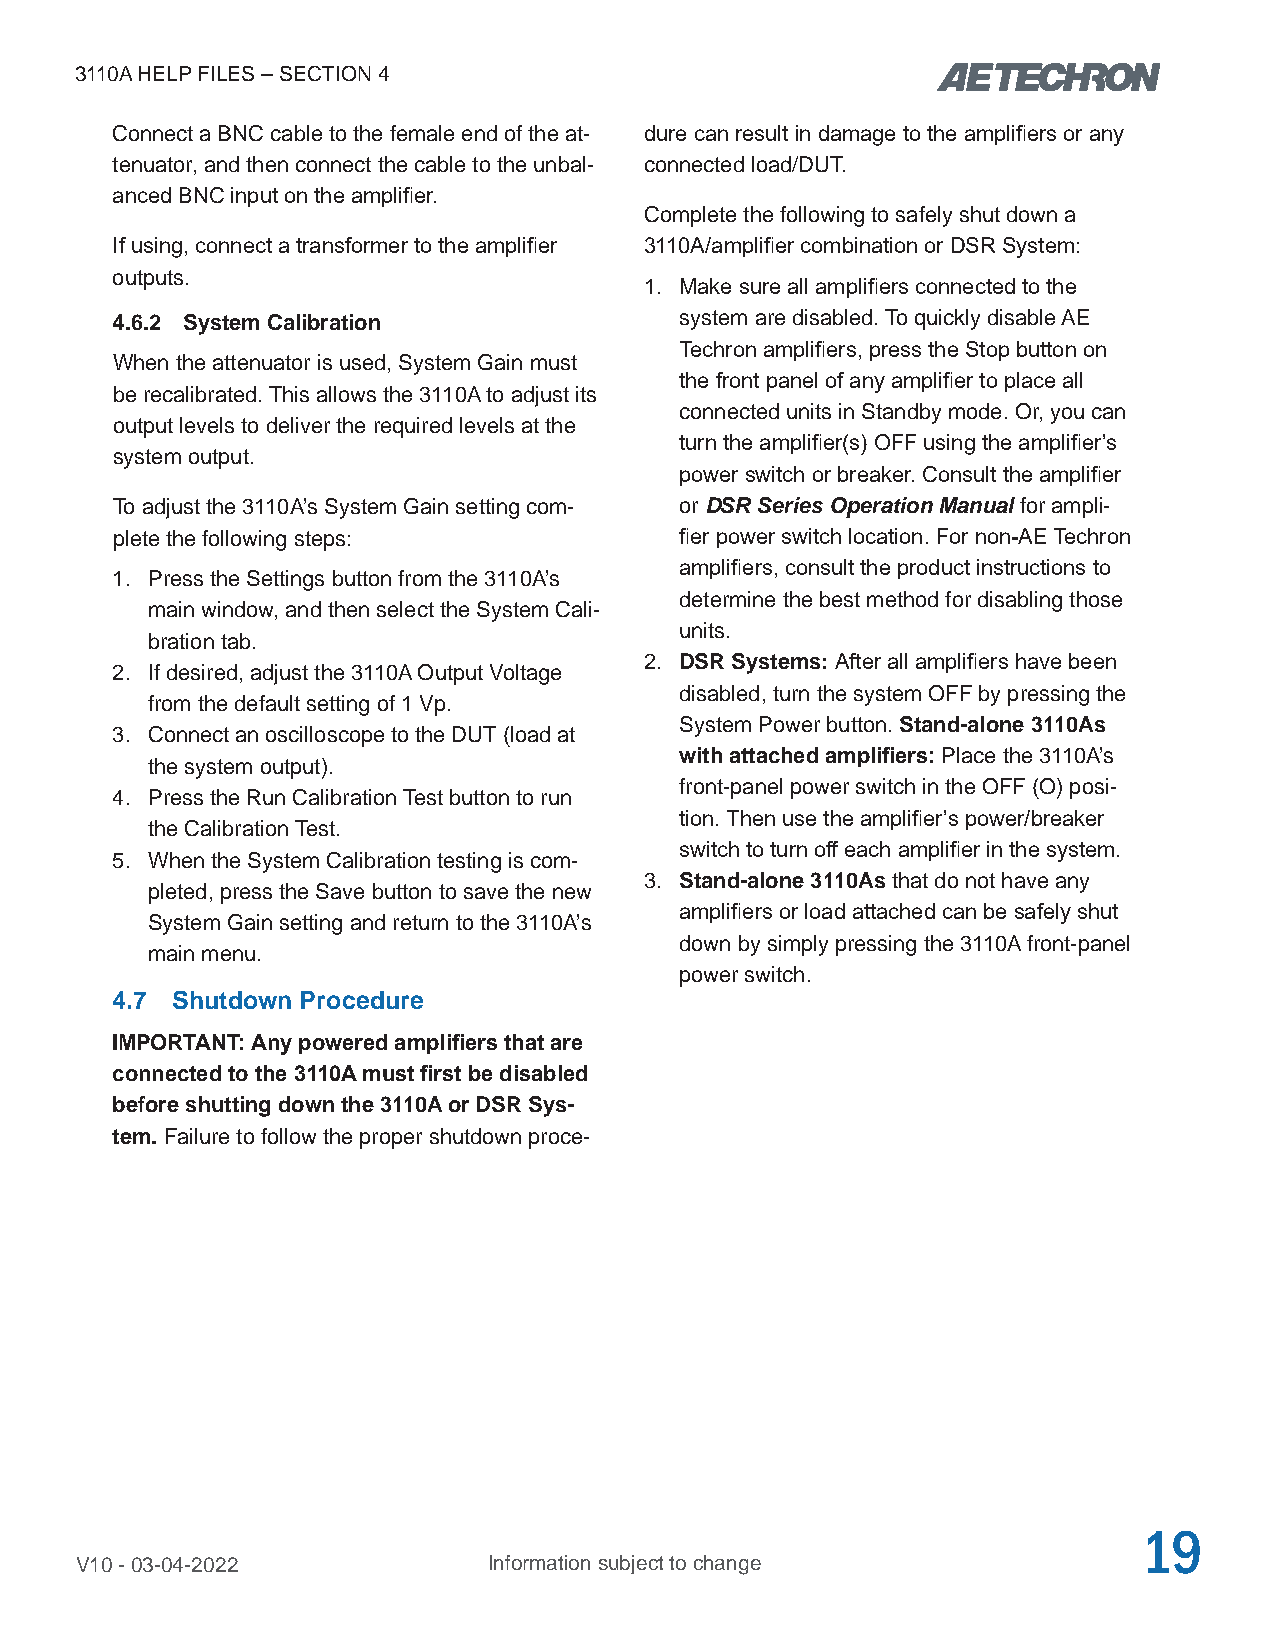
3110A HELP FILES – SECTION 4
 Connect a BNC cable to the female end of the at- dure can result in damage to the amplifiers or any
 tenuator, and then connect the cable to the unbal- connected load/DUT.
 anced BNC input on the amplifier.
 Complete the following to safely shut down a
 If using, connect a transformer to the amplifier 3110A/amplifier combination or DSR System:
 outputs.
 1. Make sure all amplifiers connected to the
 4.6.2 System Calibration              system are disabled. To quickly disable AE
 Techron amplifiers, press the Stop button on
 When the attenuator is used, System Gain must
 the front panel of any amplifier to place all
 be recalibrated. This allows the 3110A to adjust its
 connected units in Standby mode. Or, you can
 output levels to deliver the required levels at the
 turn the amplifier(s) OFF using the amplifier’s
 system output.
 power switch or breaker. Consult the amplifier
 To adjust the 3110A’s System Gain setting com- or DSR Series Operation Manual for ampli-
 plete the following steps:            fier power switch location. For non-AE Techron
 amplifiers, consult the product instructions to
 1. Press the Settings button from the 3110A’s
 determine the best method for disabling those
 main window, and then select the System Cali-
 units.
 bration tab.
 2. DSR Systems: After all amplifiers have been
 2. If desired, adjust the 3110A Output Voltage
 disabled, turn the system OFF by pressing the
 from the default setting of 1 Vp.
 System Power button. Stand-alone 3110As
 3. Connect an oscilloscope to the DUT (load at
 with attached amplifiers: Place the 3110A’s
 the system output).
 front-panel power switch in the OFF (O) posi-
 4. Press the Run Calibration Test button to run
 tion. Then use the amplifier’s power/breaker
 the Calibration Test.
 switch to turn off each amplifier in the system.
 5. When the System Calibration testing is com-
 3. Stand-alone 3110As that do not have any
 pleted, press the Save button to save the new
 amplifiers or load attached can be safely shut
 System Gain setting and return to the 3110A’s
 down by simply pressing the 3110A front-panel
 main menu.
 power switch.
 4.7 Shutdown Procedure
 IMPORTANT: Any powered amplifiers that are
 connected to the 3110A must first be disabled
 before shutting down the 3110A or DSR Sys-
 tem. Failure to follow the proper shutdown proce-
 19
 V10 - 03-04-2022           Information subject to change